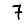
Digit: 7